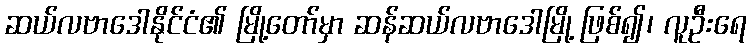
ဆယ်လဗာဒေါနိုင်ငံ၏ မြို့တော်မှာ ဆန်ဆယ်လဗာဒေါမြို့ ဖြစ်၍၊ လူဦးရေ